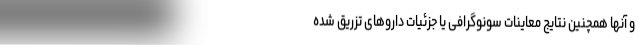
و آنها همچنین نتایج معاینات سونوگرافی یا جزئیات داروهای تزریق شده